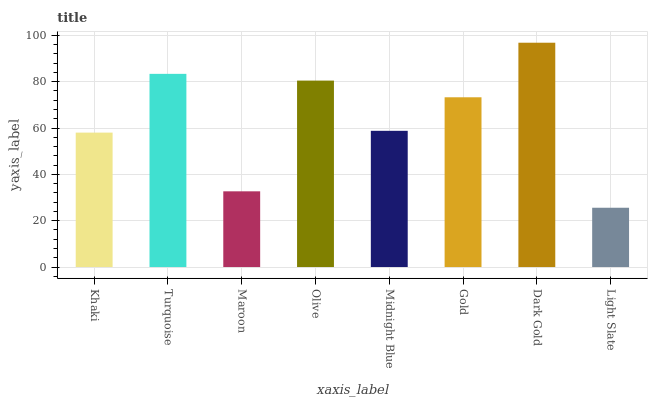
| xaxis_label | bars |
 | --- | --- |
 | Khaki | 58 |
 | Turquoise | 83.4 |
 | Maroon | 32.7 |
 | Olive | 80.5 |
 | Midnight Blue | 58.8 |
 | Gold | 73.3 |
 | Dark Gold | 96.8 |
 | Light Slate | 25.6 |